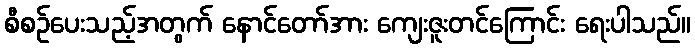
စီစဉ်ပေးသည့်အတွက် နောင်တော်အား ကျေးဇူးတင်ကြောင်း ရေးပါသည်။